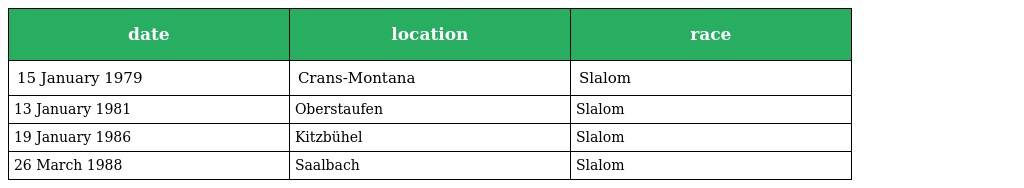
| date | location | race |
 | --- | --- | --- |
 | 15 January 1979 | Crans-Montana | Slalom |
 | 13 January 1981 | Oberstaufen | Slalom |
 | 19 January 1986 | Kitzbühel | Slalom |
 | 26 March 1988 | Saalbach | Slalom |